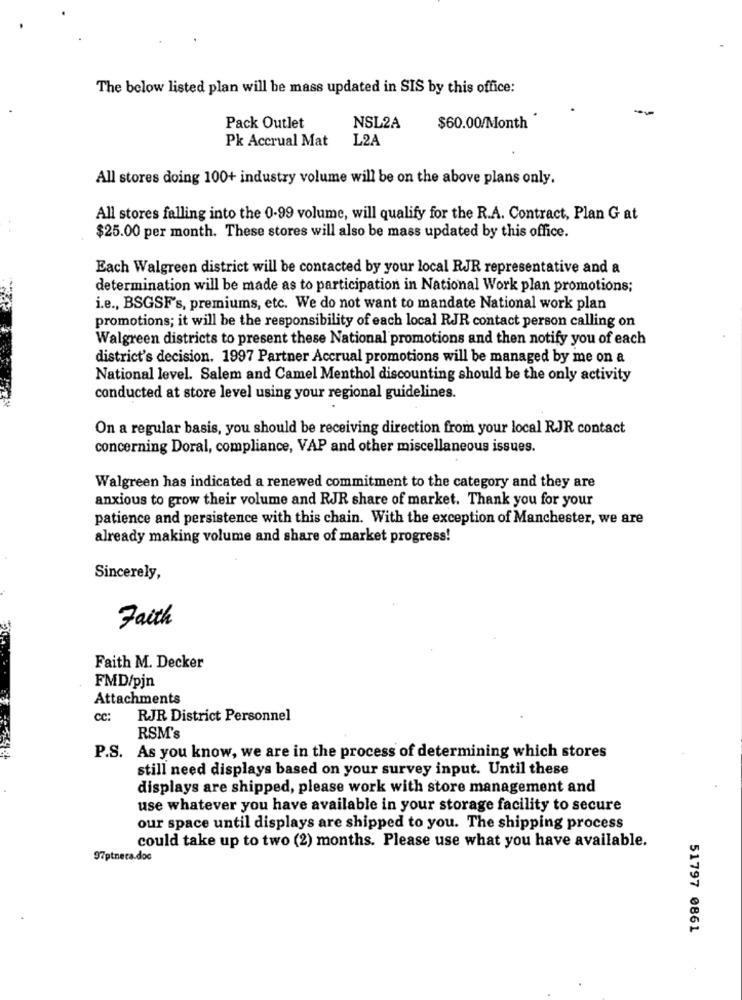
The below listed plan will be mass updated in SIS by this office:
-
Pack Outlet
NSL2A
$60.00/Month
Pk Accrual Mat
L2A
All stores doing 100+ industry volume will be on the above plans only.
All stores falling into the 0-99 volume, will qualify for the R.A. Contract, Plan G at
$25.00 per month. These stores will also be mass updated by this office.
Each Walgreen district will be contacted by your local RJR representative and a
determination will be made as to participation in National Work plan promotions;
i.e ., BSGSF's, premiums, etc. We do not want to mandate National work plan
promotions; it will be the responsibility of each local RJR contact person calling on
Walgreen districts to present these National promotions and then notify you of each
district's decision. 1997 Partner Accrual promotions will be managed by me on a
National level. Salem and Camel Menthol discounting should be the only activity
conducted at store level using your regional guidelines.
On a regular basis, you should be receiving direction from your local RJR contact
concerning Doral, compliance, VAP and other miscellaneous issues.
Walgreen has indicated a renewed commitment to the category and they are
anxious to grow their volume and RJR share of market. Thank you for your
patience and persistence with this chain. With the exception of Manchester, we are
already making volume and share of market progress!
Sincerely,
Faith
Faith M. Decker
FMD/pjn
Attachments
cc:
RJR District Personnel
RSM's
P.S. As you know, we are in the process of determining which stores
still need displays based on your survey input. Until these
displays are shipped, please work with store management and
use whatever you have available in your storage facility to secure
our space until displays are shipped to you. The shipping process
could take up to two (2) months. Please use what you have available.
97ptneca.doc
51797 0861